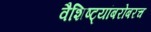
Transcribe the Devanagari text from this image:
वैशिष्ट्यांबरोबरच